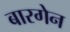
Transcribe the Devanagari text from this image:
बारगेन